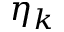
\eta _ { k }